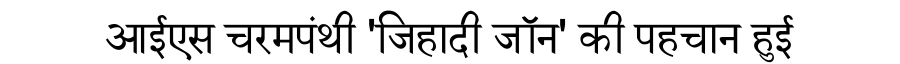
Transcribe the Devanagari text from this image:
आईएस चरमपंथी 'जिहादी जॉन' की पहचान हुई